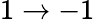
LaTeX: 1\rightarrow-1